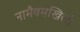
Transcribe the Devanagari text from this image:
नामैवमखिलं।